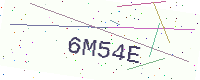
Text: 6M54E